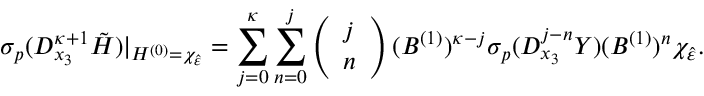
\sigma _ { p } ( D _ { x _ { 3 } } ^ { \kappa + 1 } \tilde { H } ) \vert _ { H ^ { ( 0 ) } = \chi _ { \hat { \varepsilon } } } = \sum _ { j = 0 } ^ { \kappa } \sum _ { n = 0 } ^ { j } \left( \begin{array} { l } { j } \\ { n } \end{array} \right) ( B ^ { ( 1 ) } ) ^ { \kappa - j } \sigma _ { p } ( D _ { x _ { 3 } } ^ { j - n } Y ) ( B ^ { ( 1 ) } ) ^ { n } \chi _ { \hat { \varepsilon } } .